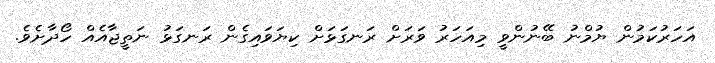
އަހަރުކަމުން ޔުމްނު ބޭނުންވީ މިއަހަރު ވަރަށް ރަނގަޅަށް ކިޔަވައިގެން ރަނގަޅު ނަތީޖާއެއް ހޯދާށެވެ.